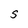
Character: s